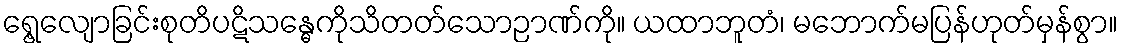
ရွေ့လျောခြင်းစုတိပဋိသန္ဓေကိုသိတတ်သောဉာဏ်ကို။ ယထာဘူတံ၊ မဘောက်မပြန်ဟုတ်မှန်စွာ။